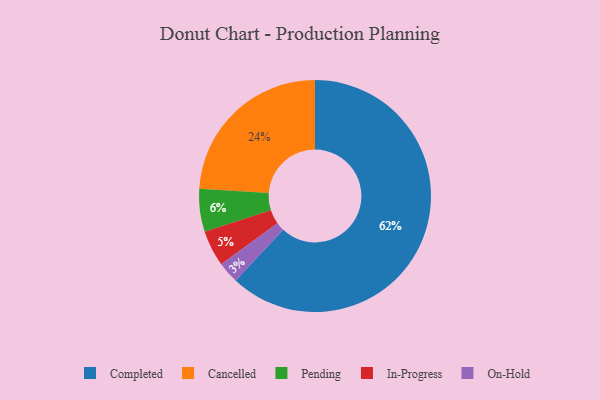
{"axis": {"x": "Category", "y": "Percentage"}, "legend": ["Cancelled", "Completed", "In-Progress", "On-Hold", "Pending"], "data": [{"x": "Completed", "y": 62, "type": "Completed"}, {"x": "Cancelled", "y": 24, "type": "Cancelled"}, {"x": "On-Hold", "y": 3, "type": "On-Hold"}, {"x": "In-Progress", "y": 5, "type": "In-Progress"}, {"x": "Pending", "y": 6, "type": "Pending"}]}